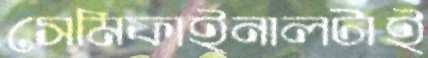
সেমিফাইনালটাই